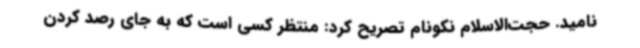
نامید. حجت‌الاسلام نکونام تصریح کرد: منتظر کسی است که به جای رصد کردن